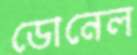
ডোনেল